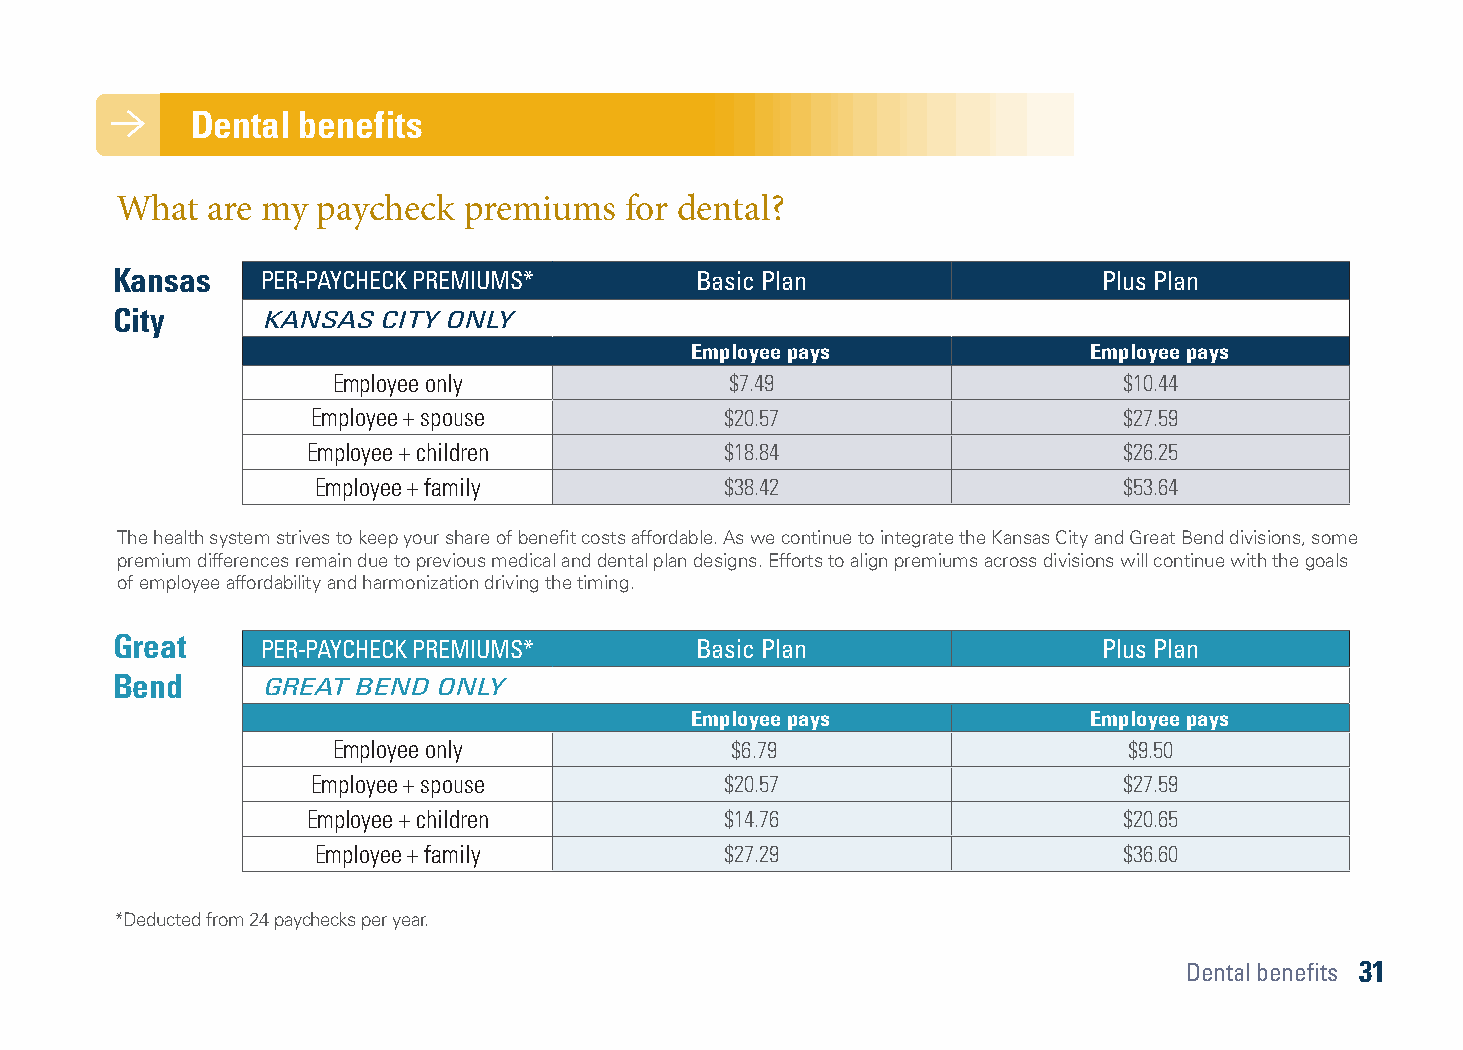
Dental benefits Dental benefits
 The health system offers two plan options through Delta Dental of Kansas. Both dental plans encourage preventive treatment, allowing members What are my paycheck premiums for dental?
 to achieve oral health while keeping costs down. Certain medical conditions also allow for additional cleanings. Simply inform Delta Dental of any
 of these medical conditions to receive this added service: diagnosed periodontal (gum) disease, pregnancy, diabetes, kidney failure or undergoing
 dialysis or suppressed immune system (due to radiation and/or chemotherapy treatment, HIV, stem cell or bone marrow transplant or organ transplant).
 Kansas    PER-PAYCHECK PREMIUMS*       Basic Plan                 Plus Plan
 In-network benefit summary
 City      KANSAS  CITY ONLY
 Employee pays             Employee pays
 Employee only             $7.49                     $10.44
 Employee + spouse          $20.57                    $27.59
 Employee + children         $18.84                    $26.25
 Employee + family          $38.42                    $53.64
 The health system strives to keep your share of benefit costs affordable. As we continue to integrate the Kansas City and Great Bend divisions, some
 premium differences remain due to previous medical and dental plan designs. Efforts to align premiums across divisions will continue with the goals
 of employee affordability and harmonization driving the timing.
 Great     PER-PAYCHECK PREMIUMS*       Basic Plan                 Plus Plan
 Bend      GREAT BEND  ONLY
 Employee pays             Employee pays
 Employee only             $6.79                      $9.50
 Employee + spouse          $20.57                    $27.59
 Employee + children         $14.76                    $20.65
 There are three network tiers: PPO, Premier and out-of-network. For the lowest out-of-pocket costs, visit a dentist in the PPO network. Employee + family $27.29 $36.60
 To locate a participating in-network dentist, go to deltadentalks.com.
 *Deducted from 24 paychecks per year.
 Dental benefits 31